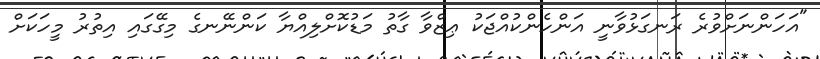
"އަހަންނަށްވުރެ ރަނގަޅުވާނީ އަންހެންކުއްޖަކު ޢިޒްވާ ގާތު މަޑުކޮށްލިއްޔާ ކަންނޭނގެ މިގޭގައި އިތުރު މީހަކަށް